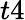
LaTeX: t4